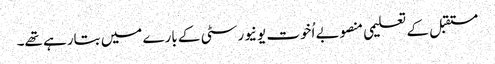
مستقبل کے تعلیمی منصوبے اُخوت یونیورسٹی کے بارے میں بتارہے تھے۔